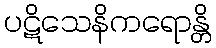
ပဋိသေနိကရောန္တိ